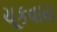
ચૂકવાય